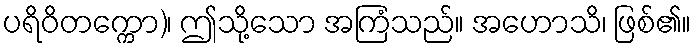
ပရိဝိတက္ကော)၊ ဤသို့သော အကြံသည်။ အဟောသိ၊ ဖြစ်၏။